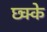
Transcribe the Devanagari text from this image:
छ्क्के